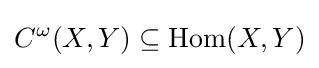
C^{\omega }(X,Y)\subseteq {\mbox{Hom}}(X,Y)